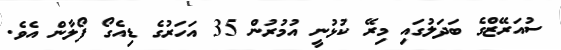
ސުއަރޭޒްގެ ބަދަލުގައި މިރޭ ކުޅުނީ އުމުރުން 35 އަހަރުގެ ޑިއެގޯ ފޯލާން އެވެ.